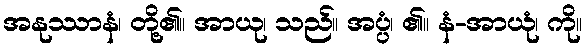
အနုဿာနံ၊ တို့၏။ အာယု၊ သည်။ အပ္ပံ၊ ၏။ နံ-အာယုံ၊ ကို။